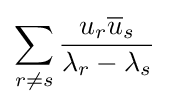
\sum _{r\neq s}{\dfrac {u_{r}{\overline {u}}_{s}}{\lambda _{r}-\lambda _{s}}}